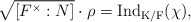
\begin{align*} \sqrt{[F^\times:N]}\cdot\rho=\rm{Ind}_{K/F}(\chi), \end{align*}